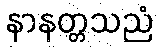
နာနတ္တသညံ